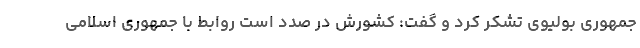
جمهوری بولیوی تشکر کرد و گفت: کشورش در صدد است روابط با جمهوری اسلامی